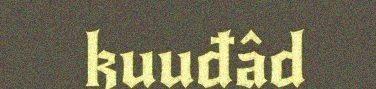
kuuđâd